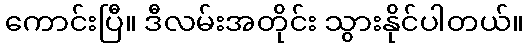
ကောင်းပြီ။ ဒီလမ်းအတိုင်း သွားနိုင်ပါတယ်။